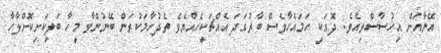
އޭނާއަށް އިހުސާސްވިއެވެ. ދޮގަކީ ހަމައެހާވެސް ބާރުގަދަ އެއްޗަކީހެއްޔެވެ ތެދުހާމަކުރަން ބޭނުންވާ މީހާ ބަލިކަށިކޮށްލާހާ